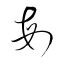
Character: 毎